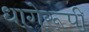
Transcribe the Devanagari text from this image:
धागेरूपी